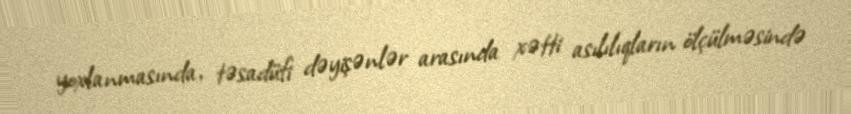
yoxlanmasında, təsadüfi dəyişənlər arasında xətti asılılıqların ölçülməsində